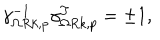
\gamma _ { \Omega R k , p } ^ { - 1 } \gamma _ { \Omega R k , p } ^ { T } = \pm 1 ,